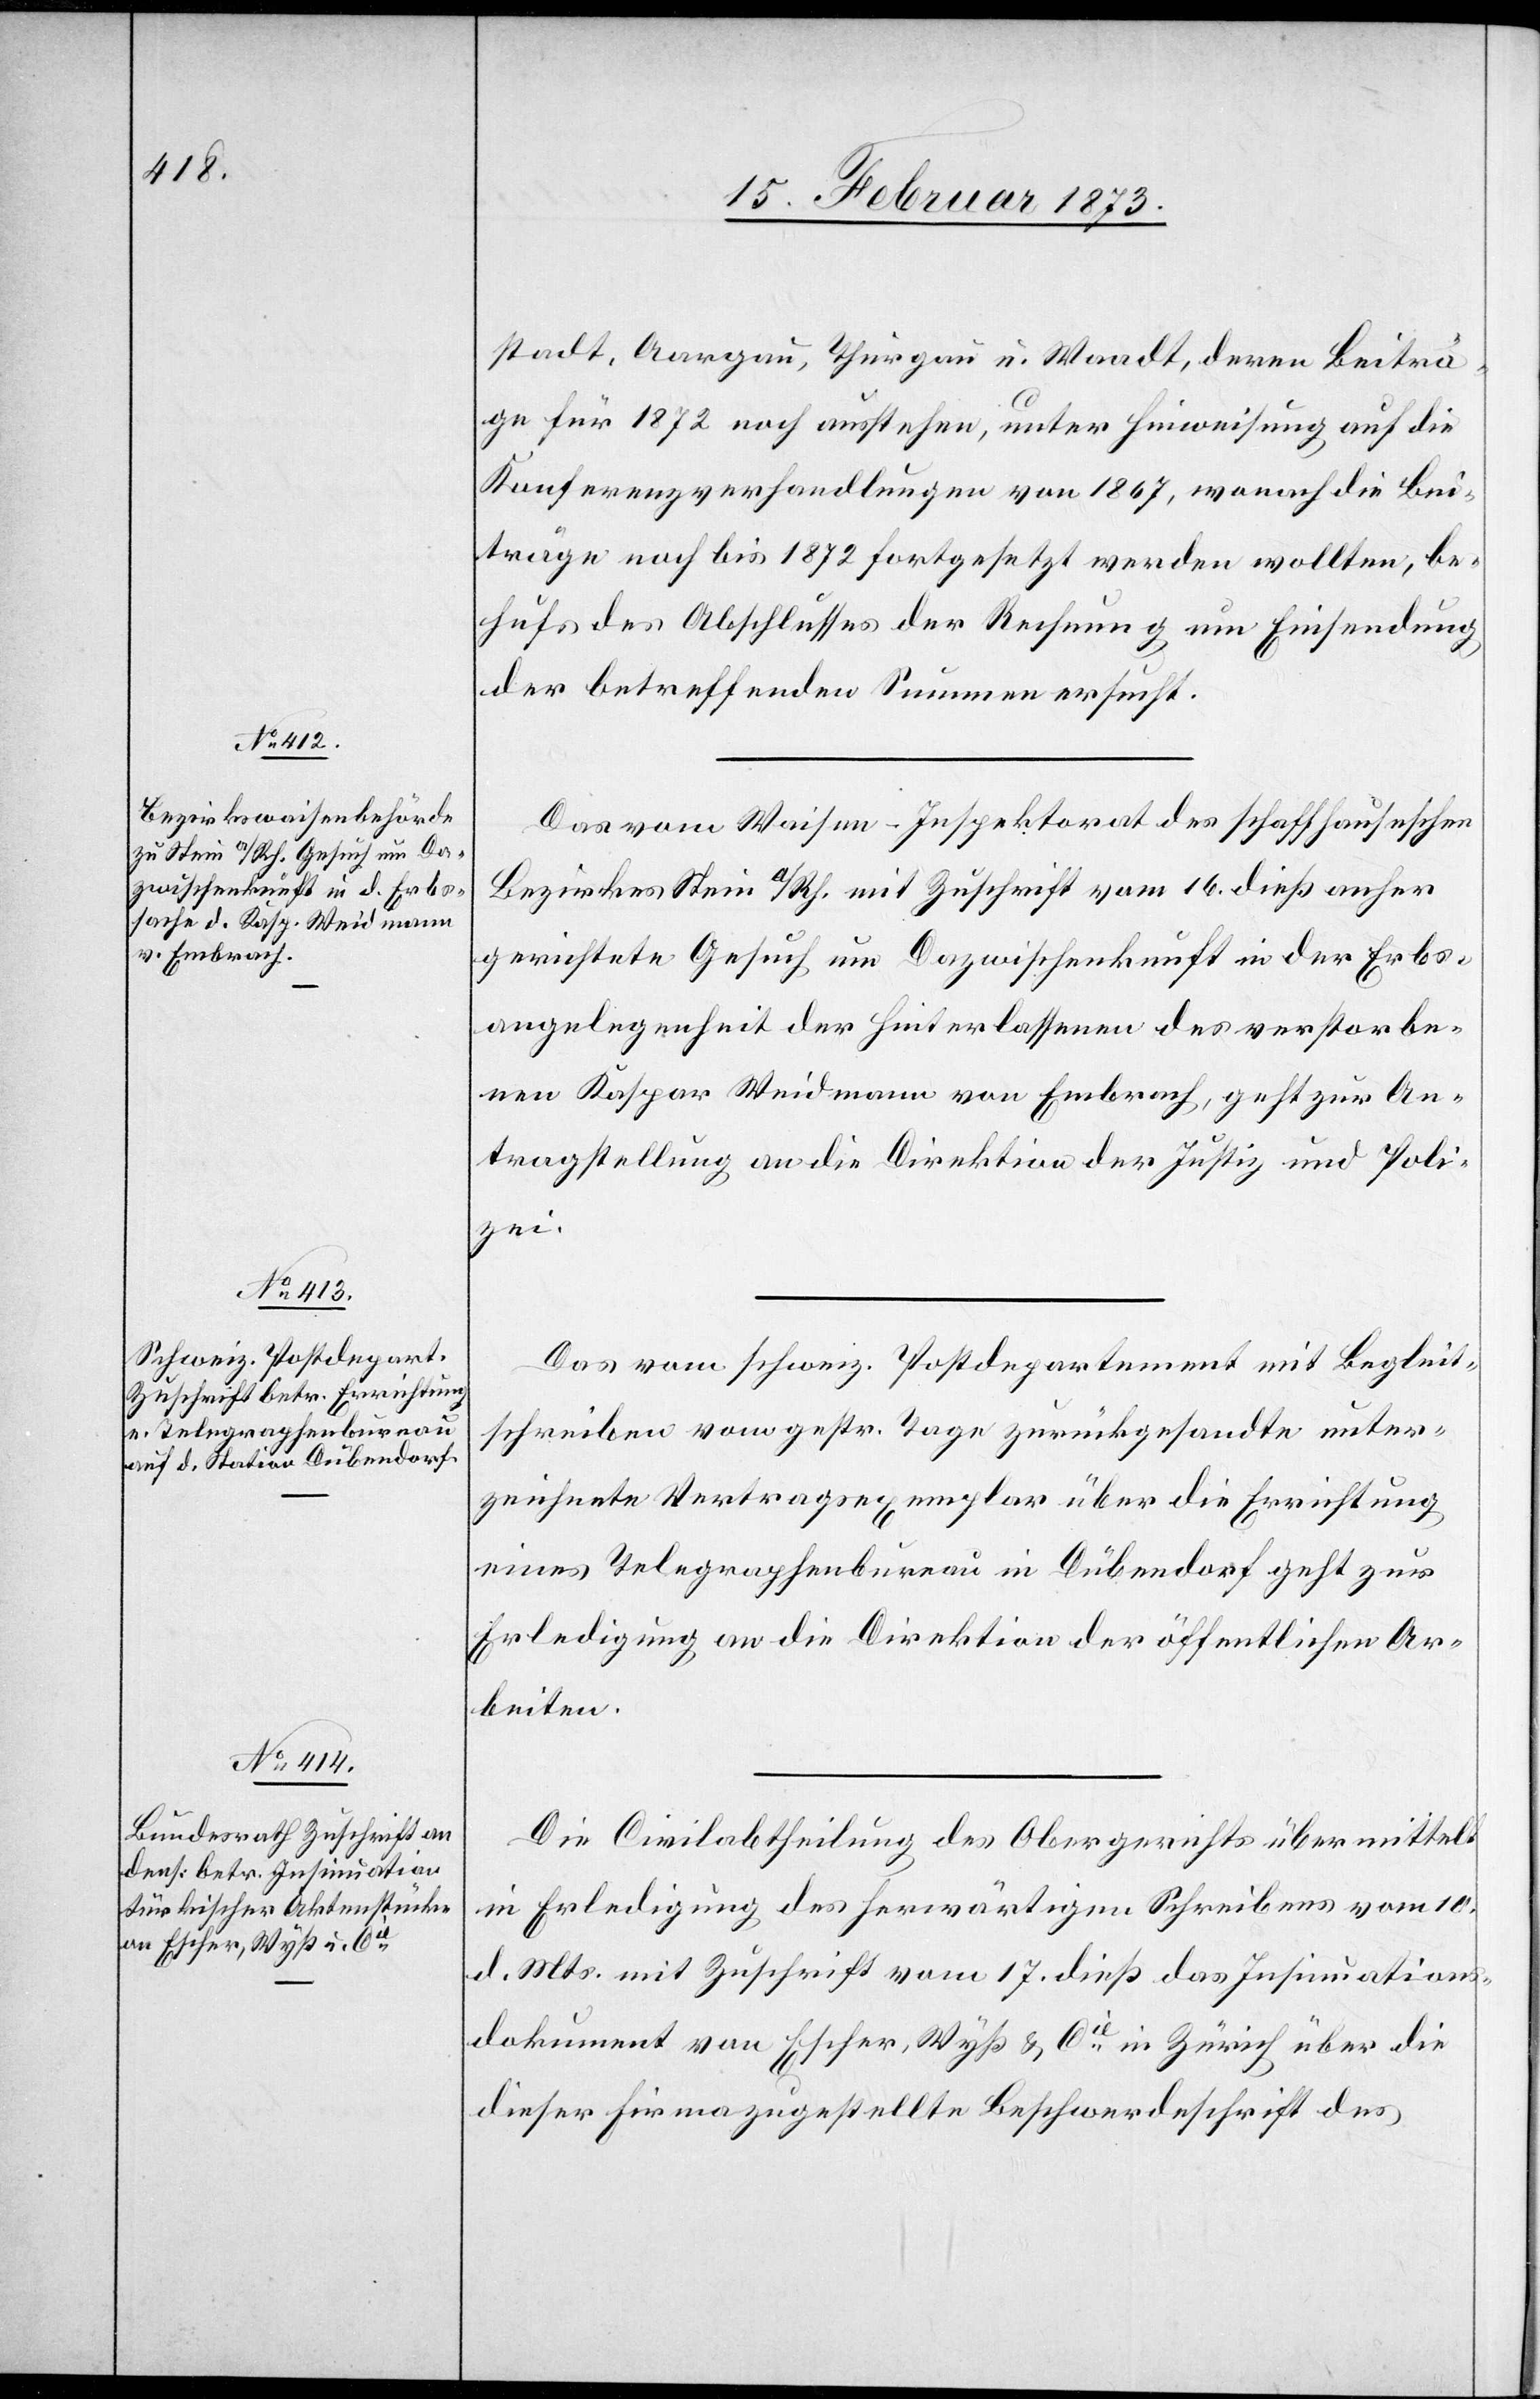
18. Februar 1873.]
stadt, Aargau, Thurgau u. Waadt, deren Beiträ¬
ge für 1872 noch ausstehen, unter Hinweisung auf die
Konferenzverhandlungen von 1867, wonach die Bei¬
träge noch bis 1872 fortgesetzt werden wollten, be¬
hufs des Abschlusses der Rechnung um Einsendung
der betreffenden Summen ersucht.
Das vom Waisen-Inspektorat des schaffhauseschen
Bezirkes Stein a/Rh. mit Zuschrift vom 16. dieß anher
gerichtete Gesuch um Dazwischenkunft in der Erbs¬
angelegenheit der Hinterlassenen des verstorbe¬
nen Kaspar Weidmann von Embrach, geht zur An¬
tragstellung an die Direktion der Justiz und Poli¬
zei.
Das vom schweiz. Postdepartement mit Begleit¬
schreiben vom gestr. Tage zurückgesandte unter¬
zeichnete Vertragsexemplar über die Errichtung
eines Telegraphenbureau in Dübendorf geht zur
Erledigung an die Direktion der öffentlichen Ar¬
beiten.
Die Civilabtheilung des Obergerichts übermittelt
in Erledigung des herwärtigen Schreibens vom 10.
d. Mts. mit Zuschrift vom 17. dieß das Insinuations¬
dokument von Escher, Wyß u. Cie in Zürich über die
dieser Firma zugestellte Beschwerdeschrift des